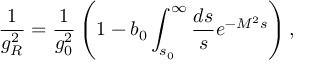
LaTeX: \frac { 1 } { g _ { R } ^ { 2 } } = \frac { 1 } { g _ { 0 } ^ { 2 } } \left( 1 - b _ { 0 } \int _ { s _ { 0 } } ^ { \infty } \frac { d s } { s } e ^ { - M ^ { 2 } s } \right) , \nonumber